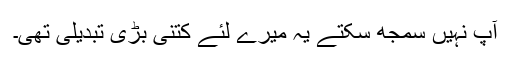
آپ نہیں سمجھ سکتے یہ میرے لئے کتنی بڑی تبدیلی تھی۔